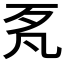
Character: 𱥋